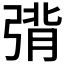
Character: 𰮴